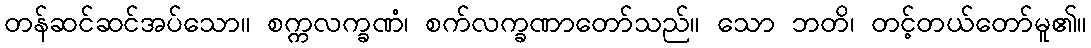
တန်ဆင်ဆင်အပ်သော။ စက္ကလက္ခဏံ၊ စက်လက္ခဏာတော်သည်။ သော ဘတိ၊ တင့်တယ်တော်မူ၏။